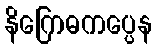
နိဂြောဓကပ္ပေန